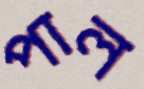
পাল